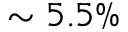
\sim 5 . 5 \%